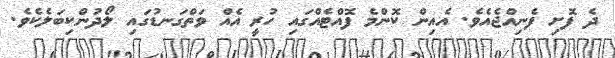
ދެ ފޮށި ފެނިއްޖެއެވެ. އެއިން ކޮންމެ ފޮއްޓެއްގައި ހުރީ އެއް ވަތްގަނޑުގައި ލޯދުންކިބަލެކެވެ.